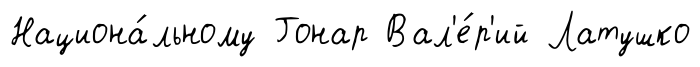
Национа́льному Гонар Вал'е́р'ий Латушко